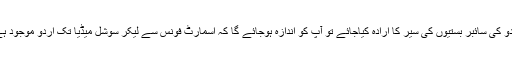
اردو کی سائبر بستیوں کی سیر کا ارادہ کیاجائے تو آپ کو اندازہ ہوجائے گا کہ اسمارٹ فونس سے لیکر سوشل میڈیا تک اردو موجود ہے۔